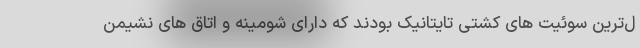
ل‌ترین سوئیت های کشتی تایتانیک بودند که دارای شومینه و اتاق های نشیمن